system: You are a helpful assistant.
user:
Analyze the provided spectrum to determine if it is a **"Cataclysmic Variables (CV)"**.

- **Key Indicators for CV (Check for either state):**
    - **State 1: Quiescent / Low-State (Emission-Dominated)**
        - **(Primary):** Strong and *very broad* Hydrogen Balmer emission lines (e.g., $H\alpha$ at 6563 Å, $H\beta$ at 4861 Å). The 'broadness' (high velocity dispersion, often FWHM > 1000 km/s) is the key diagnostic, indicating a high-velocity accretion disk.
        - **(Secondary):** Broad neutral Helium (He I) emission lines (e.g., 5876 Å, 6678 Å).
        - **(Key Confirmation):** Presence of high-excitation *ionized* Helium (He II) emission at 4686 Å. This is a strong indicator of accretion onto a white dwarf.
        - **(Line Profile):** Emission lines may exhibit a 'double-peaked' profile, which is a classic signature of a rotating accretion disk viewed at high inclination.

    - **State 2: Outburst / High-State (Absorption-Dominated)**
        - **(Primary):** Spectrum is dominated by a bright, blue continuum (looks like a hot star).
        - **(Secondary):** The emission lines from State 1 are weak, absent, or 'filled in', and are replaced by broad, shallow *absorption* lines (primarily Balmer and He I).
        - **(Morphology):** The overall spectrum mimics a hot B/A-type star. The crucial difference is that the absorption lines are significantly broader, shallower, and more 'washed-out' (or 'smeared') than the sharp lines of a normal stellar photosphere, due to high rotational speeds and pressure broadening in the disk.

Think first, call **spectral_visualization_tool** if needed to examine features in detail, then provide your final answer. Your response must adhere to the following strict rules:
1.  **Overall Structure:** Your response must follow the format `<think>...</think> <tool_call>...</tool_call> (if a tool is used) <answer>...</answer>`.
2.  **Tool Usage Constraint:** You may only make **one** tool call per turn.
3.  **Final Answer Format:** In the `<answer>` tag, your conclusion must be inside a `\boxed{}` command (e.g., `\boxed{YES}`), followed by your justification.

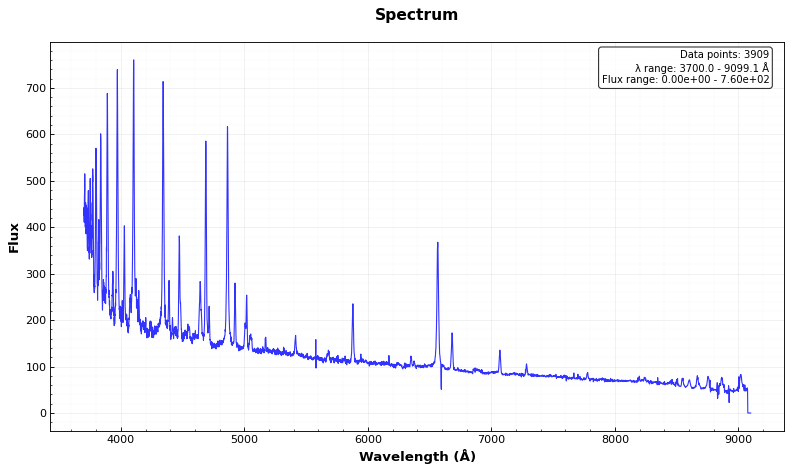
Answer: YES